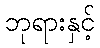
ဘုရားနှင့်